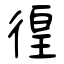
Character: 徨